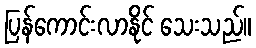
ပြန်ကောင်းလာနိုင် သေးသည်။